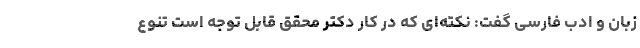
زبان و ادب فارسی گفت: نکته‌ای که در کار دکتر محقق قابل توجه است تنوع